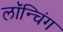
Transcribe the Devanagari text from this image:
लाॅन्चिंग